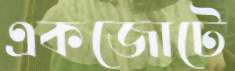
একজোটে